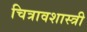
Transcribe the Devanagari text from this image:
चित्रावशास्त्री